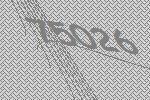
75026